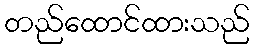
တည်ထောင်ထားသည်